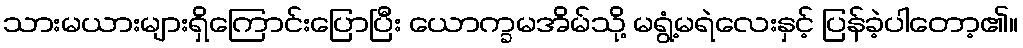
သားမယားများရှိကြောင်းပြောပြီး ယောက္ခမအိမ်သို့ မရွံ့မရဲလေးနှင့် ပြန်ခဲ့ပါတော့၏။